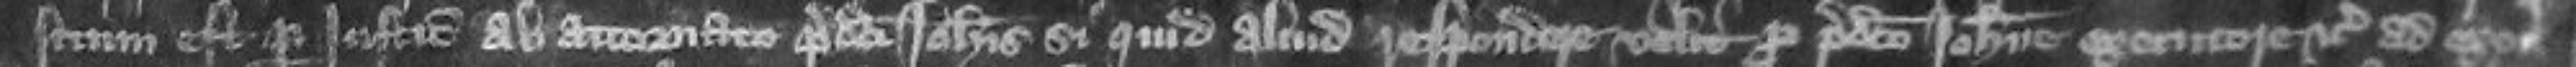
situm est per justiciarios ab attornato predicti Johannis si quid aliud respondere velit pro predicto Johanne executore etc ad exoner